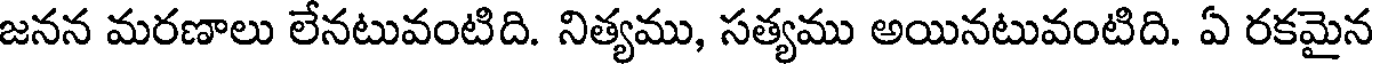
జనన మరణాలు లేనటువంటిది. నిత్యము, సత్యము అయినటువంటిది. ఏ రకమైన